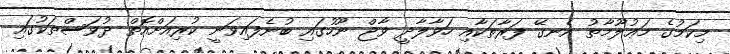
މިކަމުގެ މަޢުލޫމާތު އެނގޭ ފަރާތަކާއި ހަވާލާދީ ވާޖް ނޫހުގައި ބުނެފައިވަނީ ކުރިއަށްއޮތް ދުވަސްތަކުގައި